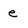
Character: e